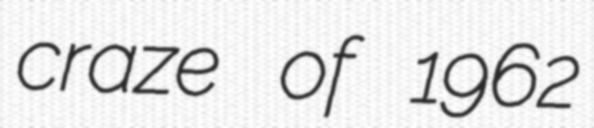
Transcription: craze of 1962